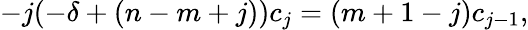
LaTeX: -j(-\delta+(n-m+j))c_{j}=(m+1-j)c_{j-1},